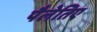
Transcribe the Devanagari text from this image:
पैलेतिए